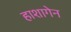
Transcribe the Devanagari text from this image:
हाशागेन